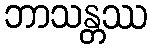
ဘာသန္တဿ